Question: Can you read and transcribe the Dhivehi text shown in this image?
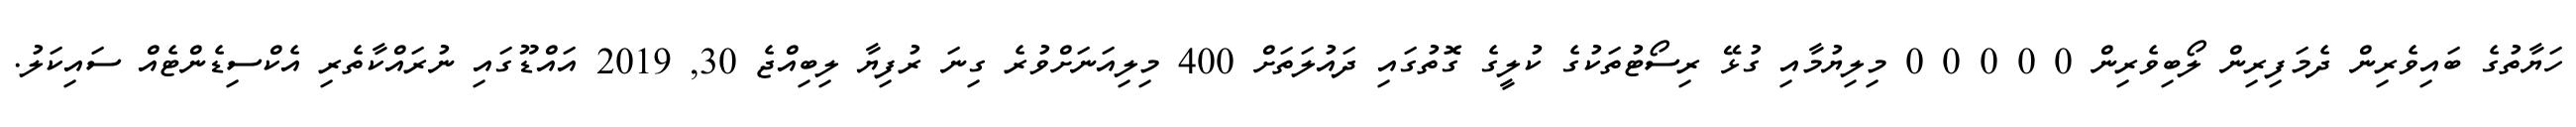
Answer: ހަޔާތުގެ ބައިވެރިން ދެމަފިރިން ލޯބިވެރިން 0 0 0 0 0 މިލިޔުމާއި ގުޅޭ ރިސޯޓުތަކުގެ ކުލީގެ ގޮތުގައި ދައުލަތަށް 400 މިލިއަނަށްވުރެ ގިނަ ރުފިޔާ ލިބިއްޖެ 30, 2019 އައްޑޫގައި ނުރައްކާތެރި އެކްސިޑެންޓެއް ސައިކަލު.